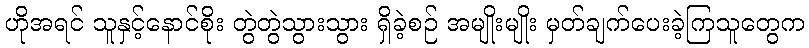
ဟိုအရင် သူနှင့်နောင်စိုး တွဲတွဲသွားသွား ရှိခဲ့စဉ် အမျိုးမျိုး မှတ်ချက်ပေးခဲ့ကြသူတွေက